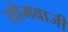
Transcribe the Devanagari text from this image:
सोमवाजी